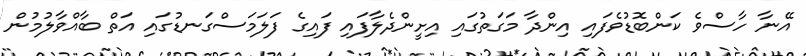
އޭނާ ހާސްވެ ކަންބޮޑުވެފައި އިންދާ މަގަތުގައި އިށީންދެލާފައި ފައިގެ ފަލަމަސްގަނޑުގައި އަތް ބާއްވާލުމުން